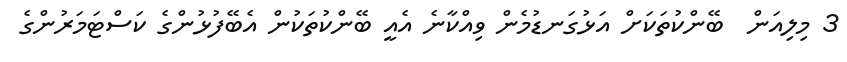
3 މިލިއަން  ބޭންކުތަކަށް އަޅުގަނޑުމެން ވިއްކާނެ އެއީ ބޭންކުތަކުން އެބޭފުޅުންގެ ކަސްޓަމަރުންގެ